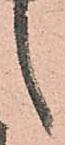
候